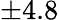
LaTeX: \pm 4.8